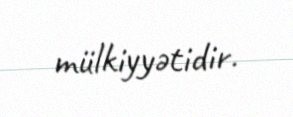
mülkiyyətidir.